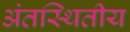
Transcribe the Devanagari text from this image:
अंतस्थितीय